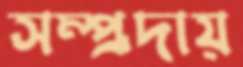
সম্প্র্রদায়